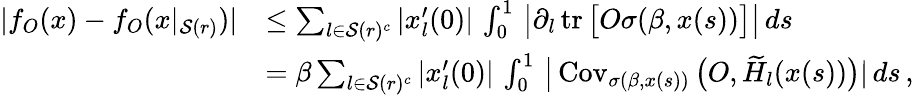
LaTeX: \begin{array}{rl}{|f_{O}(x)-f_{O}(x|_{\mathcal{S}(r)})|}&{\le\sum_{l\in\mathcal{S}(r)^{c}}|x_{l}^{\prime}(0)|\, \int_{0}^{1}\, \big|\partial_{l}\operatorname{tr}\big[O\sigma(\beta,x(s))\big]\big|\, ds}\\ &{=\beta\sum_{l\in\mathcal{S}(r)^{c}}|x_{l}^{\prime}(0)|\, \int_{0}^{1}\, \big|\operatorname{Cov}_{\sigma(\beta,x(s))}\big(O,\widetilde{H}_{l}(x(s))\big)|\, ds\, ,}\end{array}